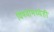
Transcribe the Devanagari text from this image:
विषयांमध्येही